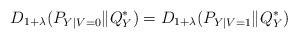
LaTeX: \begin{align*}D_{1+\lambda}(P_{Y|V=0}\|Q^\ast_Y) = D_{1+\lambda}(P_{Y|V=1}\|Q^\ast_Y) \end{align*}